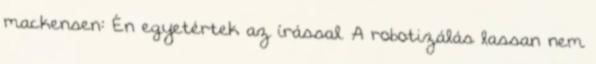
mackensen: Én egyetértek az írással. A robotizálás lassan nem